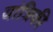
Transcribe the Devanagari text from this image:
यांत्रिकी